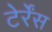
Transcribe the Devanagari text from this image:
टेर्रेंस